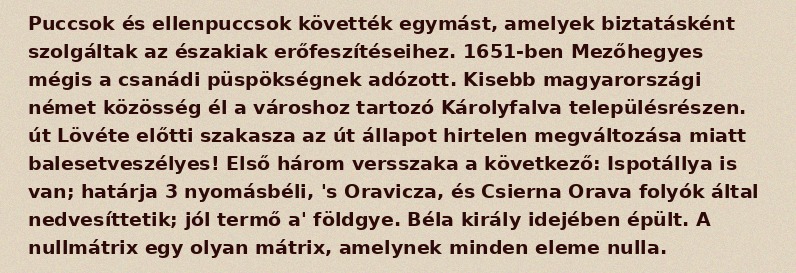
Puccsok és ellenpuccsok követték egymást, amelyek biztatásként szolgáltak az északiak erőfeszítéseihez. 1651-ben Mezőhegyes mégis a csanádi püspökségnek adózott. Kisebb magyarországi német közösség él a városhoz tartozó Károlyfalva településrészen. út Lövéte előtti szakasza az út állapot hirtelen megváltozása miatt balesetveszélyes! Első három versszaka a következő: Ispotállya is van; határja 3 nyomásbéli, 's Oravicza, és Csierna Orava folyók által nedvesíttetik; jól termő a' földgye. Béla király idejében épült. A nullmátrix egy olyan mátrix, amelynek minden eleme nulla.